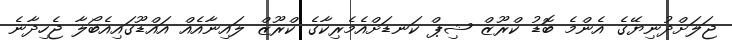
ޖަލަށްދުނިޔޭގެ އެންމެ ބޮޑު ކްރޫޒް ޝިޕް ކަނޑަށްއެމެރިކާގެ ކްރޫޒް ލައިނާއެއް އައްޑޫގައިއެބޯލާ ޖެހިދާނެ